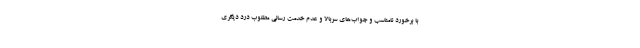
با برخورد نامناسب و جواب‌های سربالا و عدم خدمت رسانی مطلوب درد دیگری